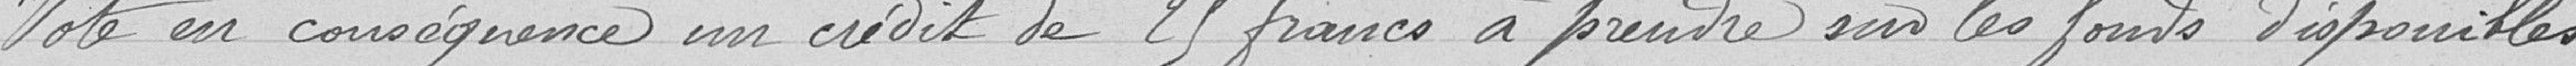
Vote en conséquence un crédit de 25 francs à prendre sur les fonds despouilles